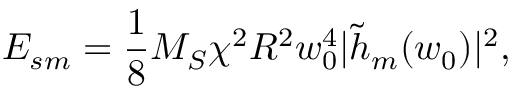
E _ { s m } = \frac 1 8 M _ { S } \chi ^ { 2 } R ^ { 2 } w _ { 0 } ^ { 4 } | \tilde { h } _ { m } ( w _ { 0 } ) | ^ { 2 } ,